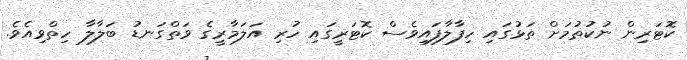
ކޮޓަރިން ނުކުތުމަށް ތަޅުގައި ހިފާލާފައިވެސް ކޮޓަރީގައި ހުރި އަލަމާރީގެ ވަތްގަނޑު ބަލާލާ ހިތްވިއެވެ.